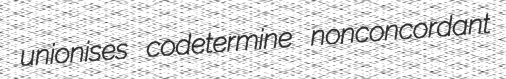
unionises codetermine nonconcordant